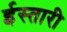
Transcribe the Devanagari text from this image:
ईस्तारी